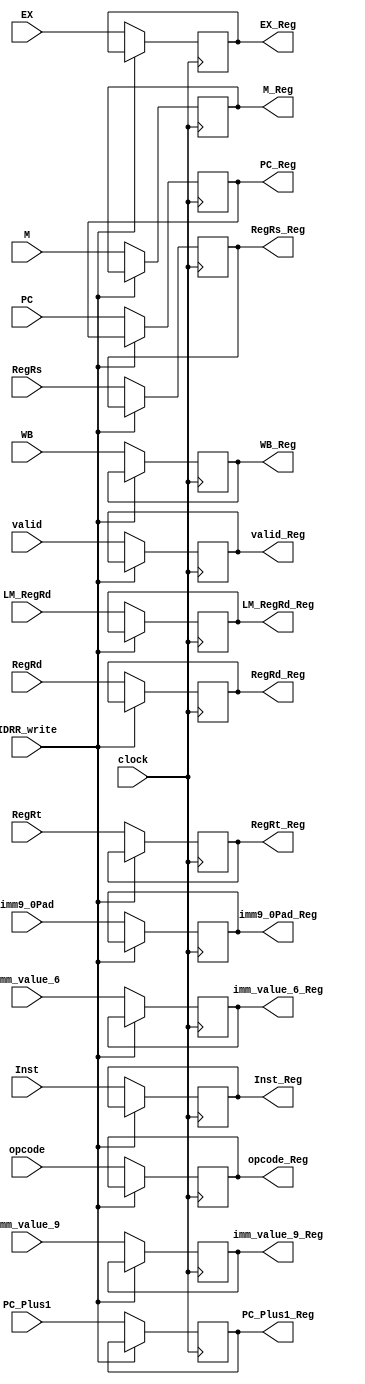
module IDRR(clock,WB,M,EX,RegRs,RegRt,RegRd,imm_value_9,imm_value_6,opcode,PC_Plus1,PC,Inst,imm9_0Pad,valid,IDRR_write,LM_RegRd,   WB_Reg,M_Reg,EX_Reg,
RegRs_Reg,RegRt_Reg,RegRd_Reg, imm_value_9_Reg,imm_value_6_Reg, opcode_Reg,PC_Plus1_Reg,PC_Reg,Inst_Reg,imm9_0Pad_Reg,valid_Reg,LM_RegRd_Reg);
input clock;
input [2:0] WB;
input [2:0] M;
input [8:0] EX;
input [2:0] RegRs,RegRt,RegRd;
input [15:0] imm_value_9;
input [15:0] imm_value_6;
input [3:0] opcode;
input [15:0] PC_Plus1;  //
input [15:0] PC;  //
input [15:0] Inst;
input [15:0] imm9_0Pad;
input valid;
input IDRR_write;
input [2:0]LM_RegRd;//
output [2:0] WB_Reg;
output [2:0] M_Reg;
output [8:0] EX_Reg;
output [2:0] RegRs_Reg,RegRt_Reg,RegRd_Reg;
output [15:0] imm_value_9_Reg;
output [15:0] imm_value_6_Reg;
output [3:0] opcode_Reg;
output [15:0] PC_Plus1_Reg; //
output [15:0] PC_Reg; //
output [15:0] Inst_Reg;
output [15:0] imm9_0Pad_Reg;
output valid_Reg;
output [2:0]LM_RegRd_Reg;
reg [2:0] WB_Reg;
reg [2:0] M_Reg;
reg [8:0] EX_Reg;
reg [2:0] RegRs_Reg,RegRt_Reg,RegRd_Reg;
reg [15:0] imm_value_9_Reg;
reg [15:0] imm_value_6_Reg;
reg [3:0] opcode_Reg;
reg [15:0] PC_Plus1_Reg; //
reg [15:0] PC_Reg; //
reg [15:0] Inst_Reg;
reg [15:0] imm9_0Pad_Reg;
reg valid_Reg;
reg [2:0]LM_RegRd_Reg;


initial begin
WB_Reg = 0;
M_Reg = 0;
EX_Reg = 0;
RegRs_Reg = 0;
RegRt_Reg = 0;
RegRd_Reg = 0;
imm_value_9_Reg = 0;
imm_value_6_Reg = 0;
opcode_Reg = 0;
PC_Plus1_Reg = 0; 
PC_Reg = 0;
Inst_Reg = 0;
imm9_0Pad_Reg=0;
valid_Reg =0;
LM_RegRd_Reg=0;
end

always@(posedge clock)
begin
if (~IDRR_write)
begin 
WB_Reg <= WB;
M_Reg <= M;
EX_Reg <= EX;
RegRs_Reg <= RegRs;
RegRt_Reg <= RegRt;
RegRd_Reg <= RegRd;
imm_value_9_Reg <= imm_value_9;
imm_value_6_Reg <= imm_value_6 ;
opcode_Reg <= opcode ;
PC_Plus1_Reg <= PC_Plus1; 
PC_Reg <= PC;
Inst_Reg <= Inst;
imm9_0Pad_Reg <= imm9_0Pad;
valid_Reg<=valid;
LM_RegRd_Reg<=LM_RegRd;
end
end
endmodule